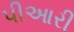
પીઆરી